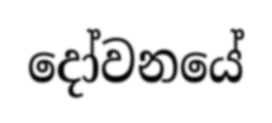
දෝවනයේ